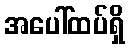
အပေါ်ထပ်ရှိ